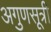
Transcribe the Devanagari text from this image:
अगुणसूत्री